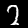
Label: 2